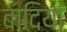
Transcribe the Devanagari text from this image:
बादिया